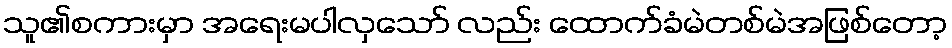
သူ၏စကားမှာ အရေးမပါလှသော် လည်း ထောက်ခံမဲတစ်မဲအဖြစ်တော့